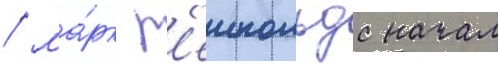
/ ма́рк р'еинольдс начал